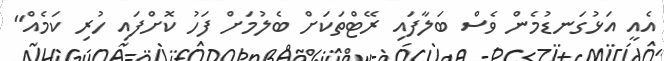
އެއީ އަޅުގަނޑުމެން ވެސް ބަލާފައި ރޭޓްތަކަށް ބެލުމަށް ފަހު ކޮށްފައި ހުރި ކަމެއް"